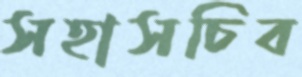
সহাসচিব